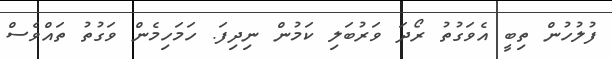
ފުލުހުން ތިބީ އެވަގުތު ރޯދަ ވަރުބަލި ކަމުން ނިދިފަ. ހަމަހިމެން ވަގުތު ތައްވެސް